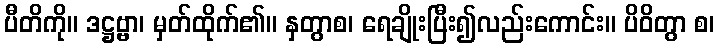
ပီတိကို။ ဒဋ္ဌဗ္ဗာ၊ မှတ်ထိုက်၏။ နှတွာစ၊ ရေချိုးပြီး၍လည်းကောင်း။ ပိဝိတွာ စ၊